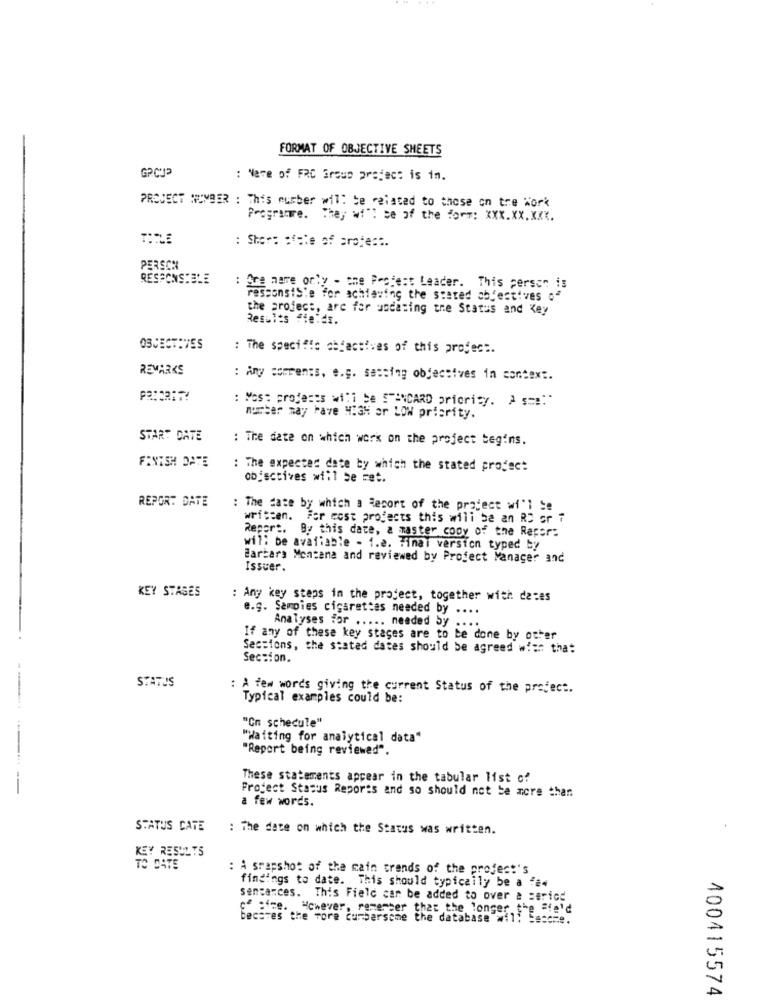
FORMAT OF OBJECTIVE SHEETS
: Nare of FRC Group project is im.
PROJECT NUMBER : This number will be related to those on tre Work
Programre. They will be of the form: XXX.XX. XXX.
: Short of=le of protest.
PERSCH
RESPONSTELE
Are more only - the Project Leader. This person is
ressonstSie for achieving the stated objectives o
the project, arc for undating the Status and Key
Results fields.
OBJECTIVES
: The specific chyactives of this project.
REMARKS
: Any comments, e.g. setting objectives in context.
: Most projects will be STENCARD priority. À s=":"
number may have HIGH ar LOW priority.
START DATE
: The date on which work on the project begins.
FINISH DATE
: The expected date by which the stated project
objectives will se ret.
REPORT DATE
: The fate by which a Report of the project wi'l Se
written. For cost projects this will be an RD or 7
Report. By this daze, a master copy of the Report
will be available - 1.e. Final version typed by
Barbara Montana and reviewed by Project Manager and
Issuer.
KEY STASES
: Any key steps in the project, together with dates
e.g. Sampies cigarettes needed by ... .
Analyses for ..... needed Sy ....
If any of these key stages are to be done by otter
Sections, the stated dates should be agreed w !:: that
Section.
STATUS
: A few words giving the current Status of the project.
Typical examples could be:
"On schedule"
"Waiting for analytical data"
"Report being reviewed".
These statements appear in the tabular list of
Project Status Reports and so should not be more than
a few words.
STATUS CATE
: The date on which the Status was written.
RESULTS
TO DATE
: A srapshot of the main trends of the project's
findings to date. This should typically be a few
sencances. This Field can be added to over a period
of time. However, remember that the longer the Steld
Becares the fore cumbersome the database will Sescre.
400415574